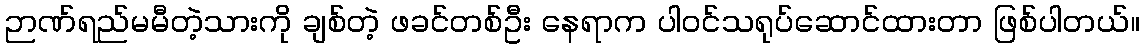
ဉာဏ်ရည်မမီတဲ့သားကို ချစ်တဲ့ ဖခင်တစ်ဦး နေရာက ပါဝင်သရုပ်ဆောင်ထားတာ ဖြစ်ပါတယ်။